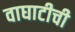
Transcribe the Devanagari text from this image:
वाघाटीची